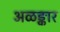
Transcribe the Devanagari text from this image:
अळङ्कार